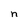
Character: n